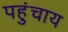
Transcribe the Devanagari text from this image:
पहुंचाय